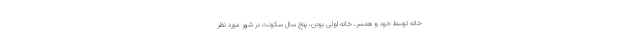
خانه توسط خود و همسر، خانه اولی بودن، پنج سال سکونت در شهر مورد نظر